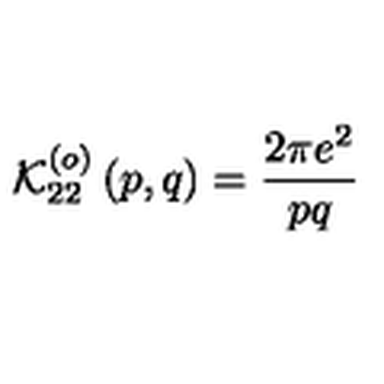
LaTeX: \mathcal { K } _ { 2 2 } ^ { \left( o \right) } \left( p , q \right) = \frac { 2 \pi e ^ { 2 } } { p q }